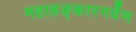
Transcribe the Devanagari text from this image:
महाहङ्कारगर्वेण